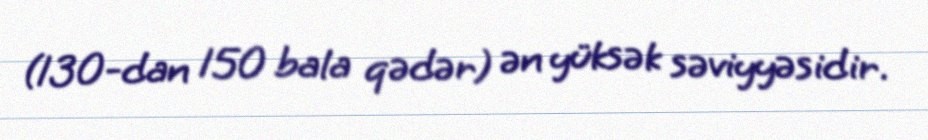
(130-dan 150 bala qədər) ən yüksək səviyyəsidir.